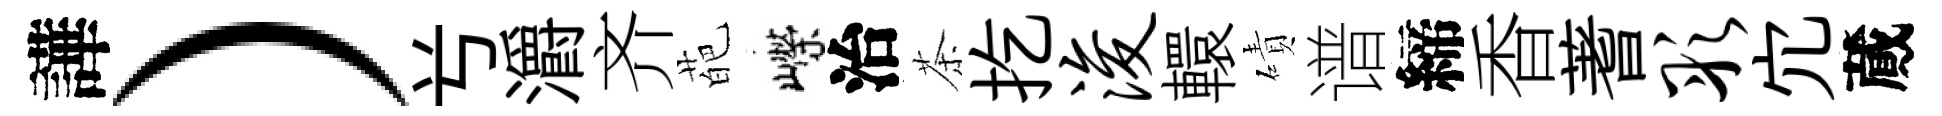
譁）𠔃灂齐葩嶸治茶扢浚轘磧谱締香蓍彤宂蕆